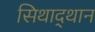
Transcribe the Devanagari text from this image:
सिथाद्थान